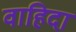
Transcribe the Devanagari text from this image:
वाहिदा